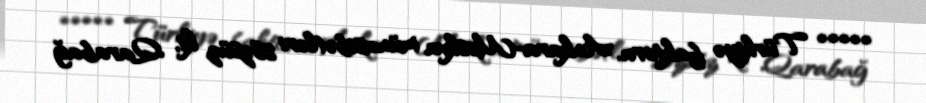
***** Türkiyə faktoru, Ankara-Moskva münasibətləri sözsüz ki, Qarabağ